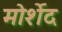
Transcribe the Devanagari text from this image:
मोर्शेद